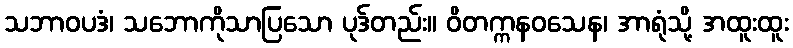
သဘာဝပဒံ၊ သဘောကိုသာပြသော ပုဒ်တည်း။ ဝိတက္ကနဝသေန၊ အာရုံသို့ အထူးထူး